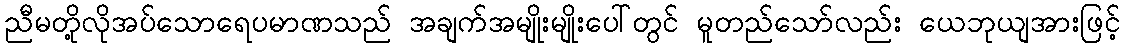
ညီမတို့လိုအပ်သောရေပမာဏသည် အချက်အမျိုးမျိုးပေါ်တွင် မူတည်သော်လည်း ယေဘုယျအားဖြင့်